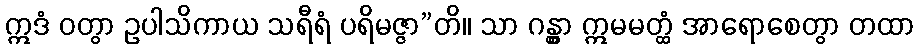
ဣဒံ ဝတွာ ဥပါသိကာယ သရီရံ ပရိမဇ္ဇာ”တိ။ သာ ဂန္တွာ ဣမမတ္ထံ အာရောစေတွာ တထာ